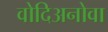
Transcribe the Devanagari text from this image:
वोदिअनोवा